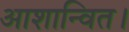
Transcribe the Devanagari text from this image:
आशान्वित।